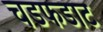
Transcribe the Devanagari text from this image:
चडफडाट